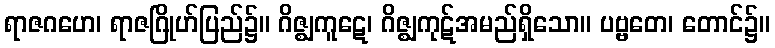
ရာဇဂဟေ၊ ရာဇဂြိုဟ်ပြည်၌။ ဂိဇ္ဈကူဋေ၊ ဂိဇ္ဈကုဋ်အမည်ရှိသော။ ပဗ္ဗတေ၊ တောင်၌။